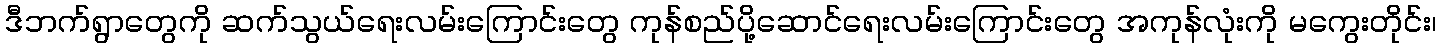
ဒီဘက်ရွာတွေကို ဆက်သွယ်ရေးလမ်းကြောင်းတွေ ကုန်စည်ပို့ဆောင်ရေးလမ်းကြောင်းတွေ အကုန်လုံးကို မကွေးတိုင်း၊